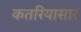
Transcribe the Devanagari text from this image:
कतरियासार